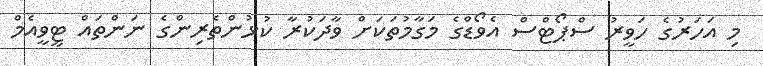
މި އަހަރުގެ ހަވީރު ސްޕޯޓްސް އެވޯޑްގެ މަގާމުތަކަށް ވާދަކުރާ ކުޅުންތެރިންގެ ނަންތައް ޓީވީއެމް